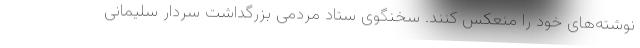
نوشته‌های خود را منعکس کنند. سخنگوی ستاد مردمی بزرگداشت سردار سلیمانی